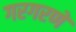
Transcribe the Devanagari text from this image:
गरगरणे